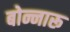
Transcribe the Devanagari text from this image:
बोन्नारू